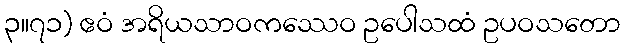
၃။၇၁) ဧဝံ အရိယသာဝကဿေဝ ဥပေါသထံ ဥပဝသတော